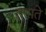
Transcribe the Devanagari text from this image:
तपाते